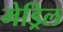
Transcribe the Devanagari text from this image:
मेड्रिल